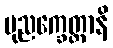
ပုညက္ခေတ္တာနိ